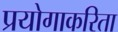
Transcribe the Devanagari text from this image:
प्रयोगाकरिता